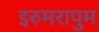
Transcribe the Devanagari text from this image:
इरुमरापुम